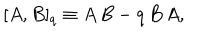
[ A , B ] _ { q } \equiv A \, B - q \, B \, A ,